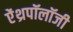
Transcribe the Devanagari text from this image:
ऐंथ्रपॉलॉजी